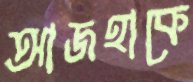
আজহাকে